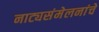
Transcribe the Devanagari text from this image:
नाट्यसंमेलनांचे